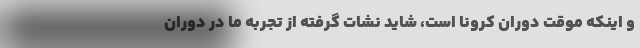
و اینکه موقت دوران کرونا است، شاید نشات گرفته از تجربه ما در دوران